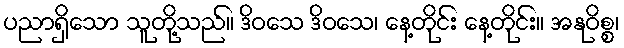
ပညာရှိသော သူတို့သည်။ ဒိဝသေ ဒိဝသေ၊ နေ့တိုင်း နေ့တိုင်း။ အနုဝိစ္စ၊